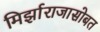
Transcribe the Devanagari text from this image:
मिर्झाराजासोबत